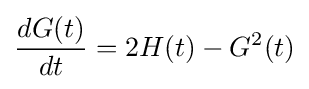
{\frac {dG(t)}{dt}}=2H(t)-G^{2}(t)